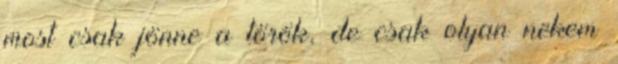
most csak jönne a török, de csak olyan nekem